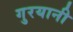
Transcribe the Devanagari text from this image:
गुरयानी